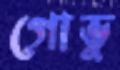
গোভু